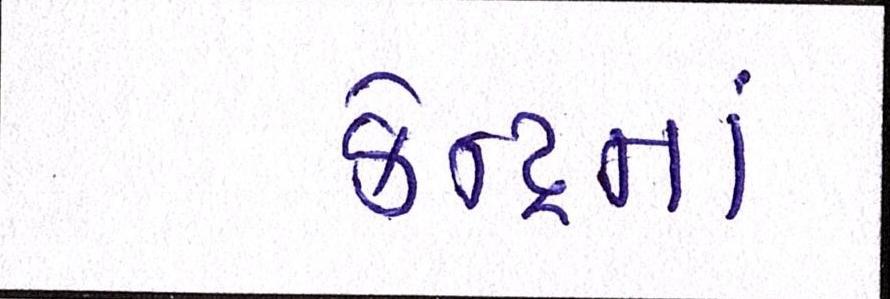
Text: કેન્દ્રનાં